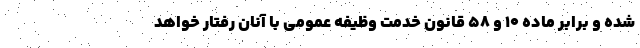
شده و برابر ماده ۱۰ و ۵۸ قانون خدمت وظیفه عمومی با آنان رفتار خواهد